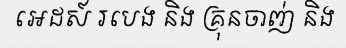
អេដស៍ របេង និង គ្រុនចាញ់ និង